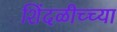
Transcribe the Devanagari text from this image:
शिंदळीच्च्या